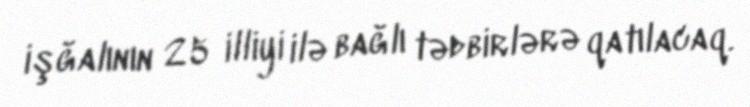
işğalının 25 illiyi ilə bağlı tədbirlərə qatılacaq.